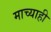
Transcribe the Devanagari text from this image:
माच्याही